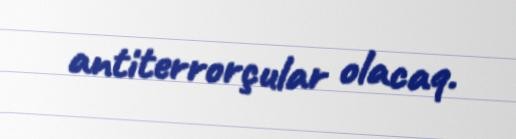
antiterrorçular olacaq.